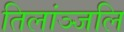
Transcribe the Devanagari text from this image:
तिलांञ्जलि